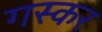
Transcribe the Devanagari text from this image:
गस्कर